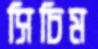
সিচিম